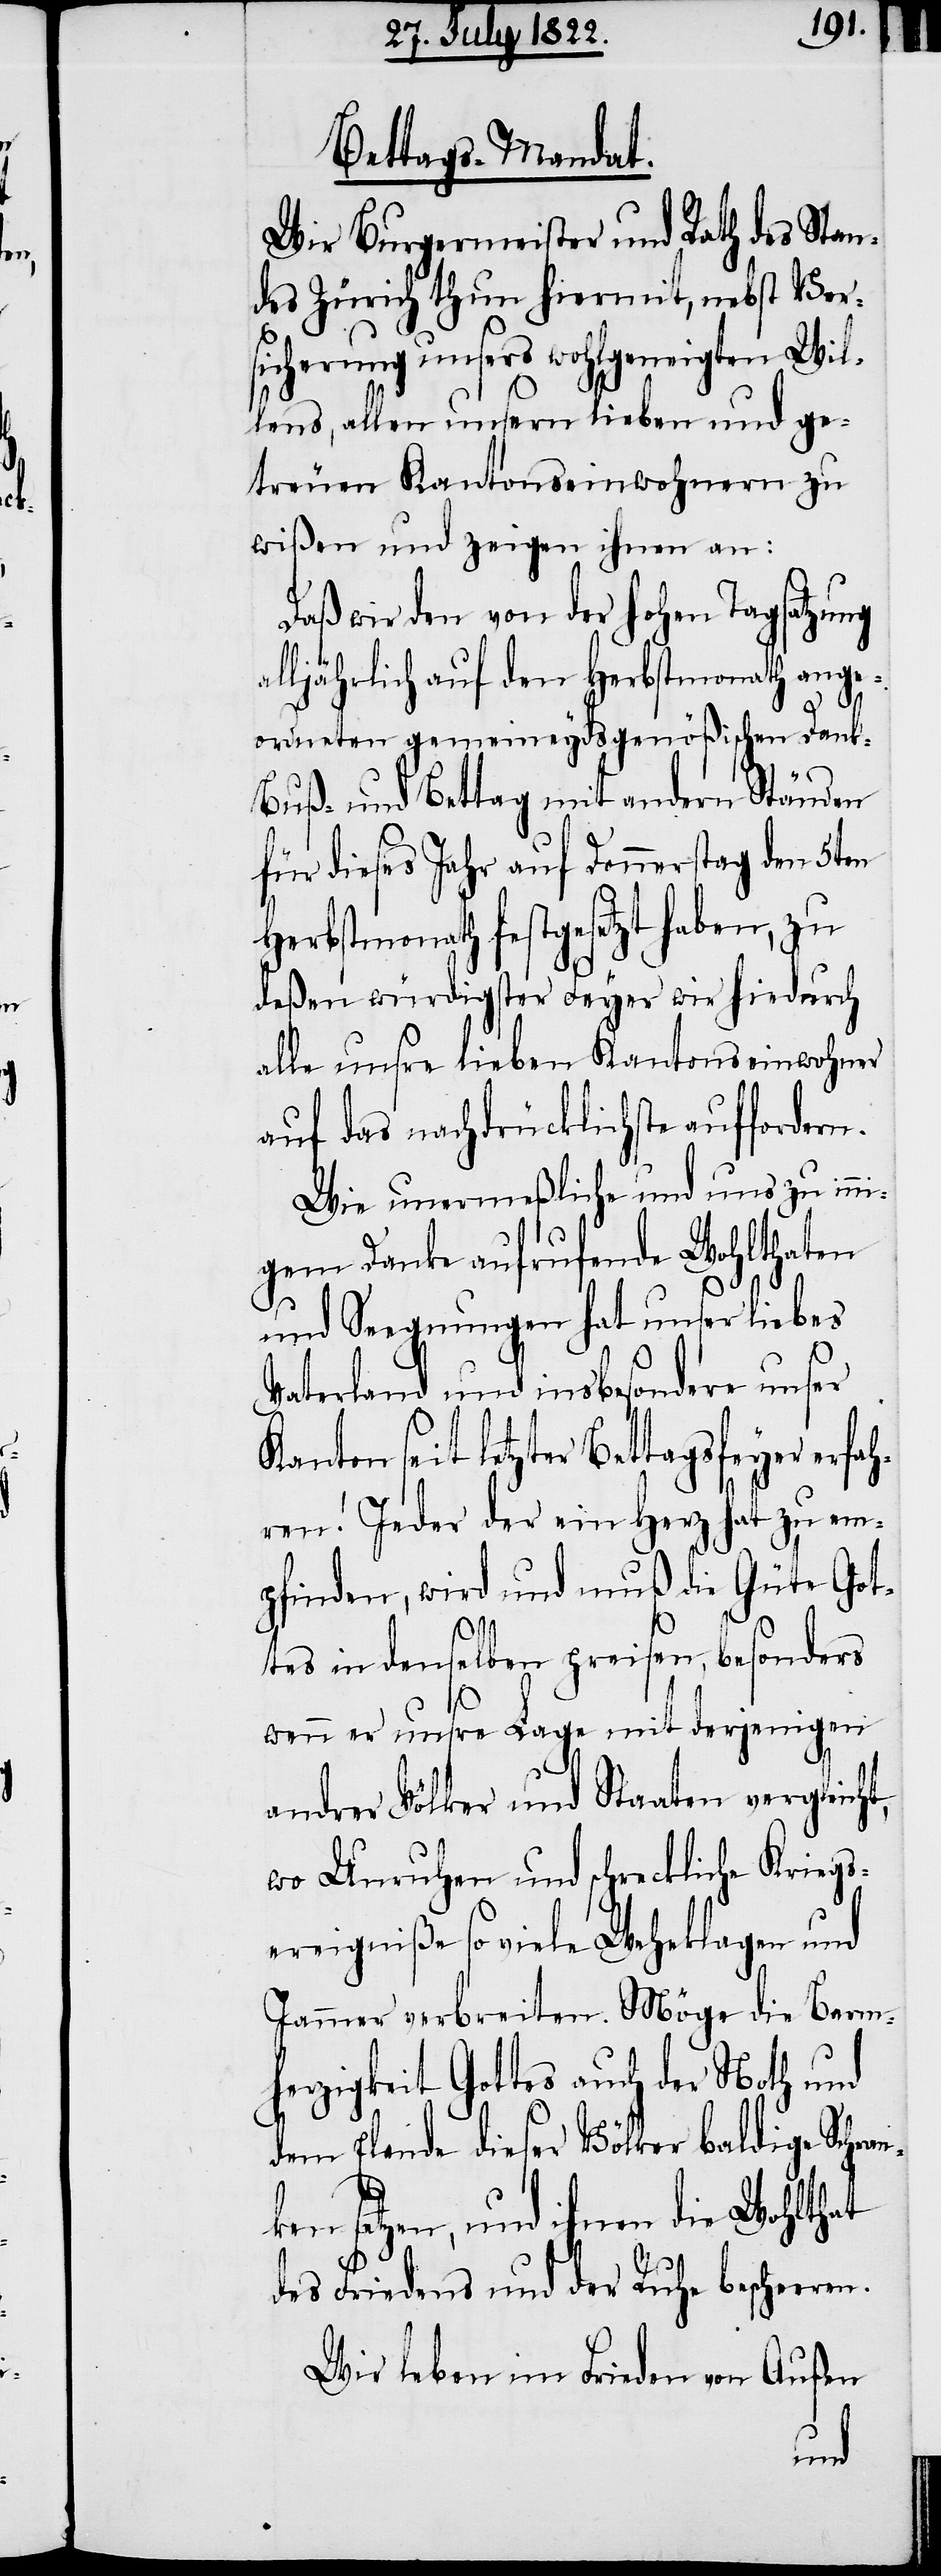
Bettags-Mandat.
Wir Burgermeister und Rath des Stan¬
des Zürich thun hiermit, nebst Ver¬
sicherung unsers wohlgeneigten Wil¬
lens, allen unsern lieben und ge¬
treuen Kantonseinwohnern zu
wißen und zeigen ihnen an:
Daß wir den von der hohen Tagsatzung
alljährlich auf den Herbstmonath ange¬
ordneten gemeineydsgenößischen Dank-
Buß- und Bettag mit andern Ständen
für dieses Jahr auf Donnerstag den 5ten
Herbstmonath festgesetzt haben, zu
deßen würdigster Feyer wir hiedurch
alle unsre lieben Kantonseinwohner
auf das nachdrücklichste auffordern.
Wie unermeßliche und uns zu inni¬
gem Danke aufrufende Wohlthaten
und Seegnungen hat unser liebes
Vaterland und insbesondere unser
seit letzter Bettagsfeyer erfah¬
ren! Jeder der ein Herz hat zu em¬
pfinden, wird und muß die Güte Got¬
tes in denselben preisen, besonders
wenn er unsre Lage mit derjenigen
andrer Völker und Staaten vergleicht,
wo Unruhen und schreckliche Kriegs¬
ereigniße so viele Wehklagen und
Jammer verbreiten. Möge die Barm¬
herzigkeit Gottes auch der Noth und
dem Elende dieser Völker baldige Schran¬
ken setzen, und ihnen die Wohlthat
des Friedens und der Ruhe bescheeren.
Wir leben im Frieden von Außen